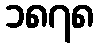
၁၈၇၈